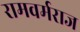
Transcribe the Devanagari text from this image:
रामवर्मराज